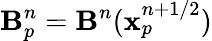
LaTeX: \mathbf{B}_{p}^{n}=\mathbf{B}^{n}(\mathbf{x}_{p}^{n+1/2})